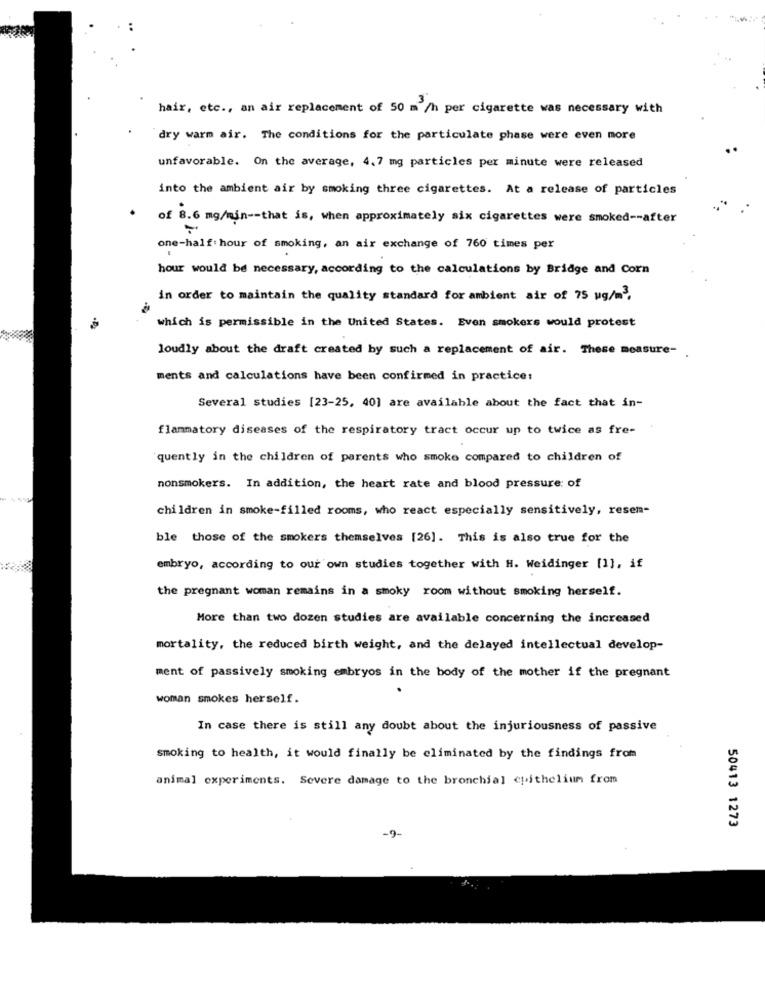
hair, etc ., an air replacement of 50 m /h per cigarette was necessary with
"dry warm air. The conditions for the particulate phase were even more
unfavorable. On the average, 4.7 mg particles per minute were released
into the ambient air by smoking three cigarettes. At a release of particles
' of 8.6 mg/min -- that is, when approximately six cigarettes were smoked -- after
one-half hour of smoking, an air exchange of 760 times per
hour would be necessary, according to the calculations by Bridge and Corn
in order to maintain the quality standard for ambient air of 75 ug/m .
which is permissible in the United States. Even smokers would protest
loudly about the draft created by such a replacement of air. These measure-
ments and calculations have been confirmed in practice:
Several studies [23-25, 40] are available about the fact that in-
flammatory diseases of the respiratory tract occur up to twice as fre-
quently in the children of parents who smoke compared to children of
nonsmokers. In addition, the heart rate and blood pressure of
children in smoke-filled rooms, who react especially sensitively, resen-
ble those of the smokers themselves [26]. This is also true for the
embryo, according to our own studies together with H. Weidinger [1], if
the pregnant woman remains in a smoky room without smoking herself.
More than two dozen studies are available concerning the increased
mortality, the reduced birth weight, and the delayed intellectual develop-
ment of passively smoking embryos in the body of the mother if the pregnant
woman smokes herself.
In case there is still any doubt about the injuriousness of passive
smoking to health, it would finally be eliminated by the findings from
animal experiments. Severe damage to the bronchial epithelium from
50413 1273